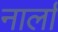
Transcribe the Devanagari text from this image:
नार्ला